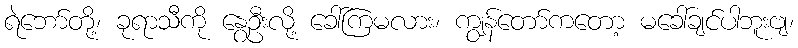
ရဲဘော်တို့၊ ခုရာသီကို နွေဦးလို့ ခေါ်ကြမလား၊ ကျွန်တော်ကတော့ မခေါ်ချင်ပါဘူးဗျ၊